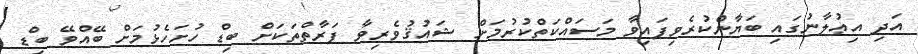
އަދި އިޢުލާނުގައި ބަޔާންކުރެވިފައިވާ މަސައްކަތްކުރުމަށް ޝައުޤުވެރިވާ ފަރާތްތަކަށް ބިޑް ހުށަހެޅުމަށް ބޭއްވޭ ބިޑް